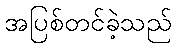
အပြစ်တင်ခဲ့သည်